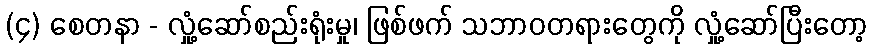
(၄) စေတနာ - လှုံ့ဆော်စည်းရုံးမှု၊ ဖြစ်ဖက် သဘာဝတရားတွေကို လှုံ့ဆော်ပြီးတော့